Oriental or Dehli sore - Number 13
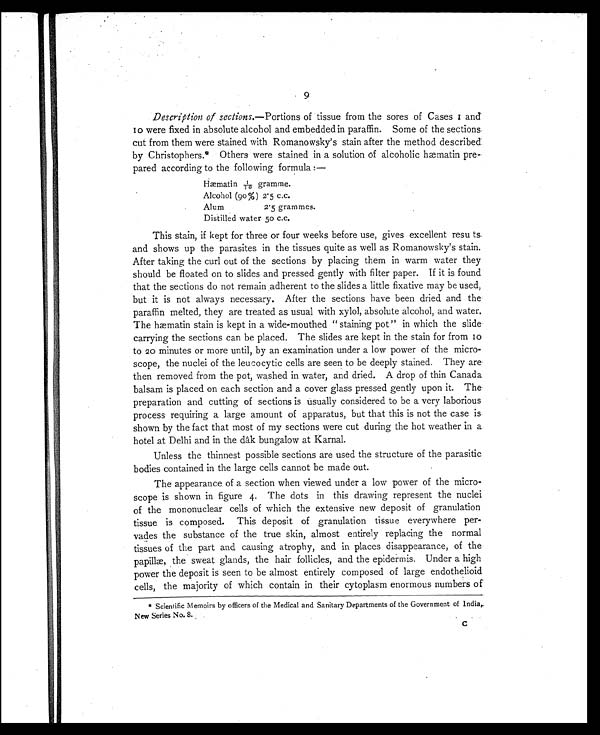
9
Description of sections. —Portions of tissue from the sores of Cases 1 and
10 were fixed in absolute alcohol and embedded in paraffin. Some of the sections
cut from them were stained with Romanowsky's stain after the method described
by Christophers.* Others were stained in a solution of alcoholic hæmatin pre-
pared according to the following formula:
—
Hæmatin 1/10 gramme.
Alcohol (90%) 2.5 c.c.
Alum 2.5 grammes.
Distilled water 50 c.c.
This stain, if kept for three or four weeks before use, gives excellent resu ts
and shows up the parasites in the tissues quite as well as Romanowsky's stain.
After taking the curl out of the sections by placing them in warm water they
should be floated on to slides and pressed gently with filter paper. If it is found
that the sections do not remain adherent to the slides a little fixative may be used,
but it is not always necessary. After the sections have been dried and the
paraffin melted, they are treated as usual with xylol, absolute alcohol, and water.
The hæmatin stain is kept in a wide-mouthed "staining pot" in which the slide
carrying the sections can be placed. The slides are kept in the stain for from 10
to 20 minutes or more until, by an examination under a low power of the micro-
scope, the nuclei of the leucocytic cells are seen to be deeply stained. They are
then removed from the pot, washed in water, and dried. A drop of thin Canada
balsam is placed on each section and a cover glass pressed gently upon it. The
preparation and cutting of sections is usually considered to be a very laborious
process requiring a large amount of apparatus, but that this is not the case is
shown by the fact that most of my sections were cut during the hot weather in a
hotel at Delhi and in the dâk bungalow at Karnal.
Unless the thinnest possible sections are used the structure of the parasitic
bodies contained in the large cells cannot be made out.
The appearance of a section when viewed under a low power of the micro-
scope is shown in figure 4. The dots in this drawing represent the nuclei
of the mononuclear cells of which the extensive new deposit of granulation
tissue is composed. This deposit of granulation tissue everywhere per-
vades the substance of the true skin, almost entirely replacing the normal
tissues of the part and causing atrophy, and in places disappearance, of the
papillæ, the sweat glands, the hair follicles, and the epidermis. Under a high
power the deposit is seen to be almost entirely composed of large endothelioid
cells, the majority of which contain in their cytoplasm enormous numbers of
* Scientific Memoirs by officers of the Medical and Sanitary Departments of the Government of India,
New Series No. 8.
C